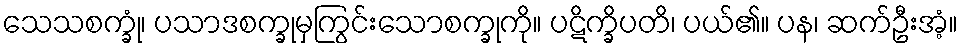
သေသစက္ခုံ၊ ပသာဒစက္ခုမှကြွင်းသောစက္ခုကို။ ပဋိက္ခိပတိ၊ ပယ်၏။ ပန၊ ဆက်ဦးအံ့။